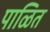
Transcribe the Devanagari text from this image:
पाळित